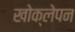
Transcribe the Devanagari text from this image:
खोक्लेपन